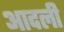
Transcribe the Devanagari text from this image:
आदली